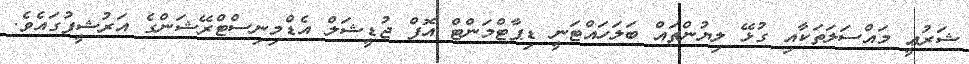
ޝަރުޢީ މައްސަލަތަކާއި ގުޅޭ ލިޔުންތައް ބަލަހައްޓަނީ ޑިޕާޓްމަންޓް އޮފް ޖުޑީޝަލް އެޑްމިނިސްޓްރޭޝަންގެ އަރުޝީފުގައެވެ.